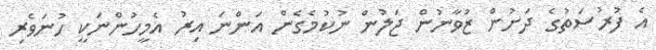
އެ ފުރުސަތުގެ ދަށުން ޒުވާނުން ޖަލުން ނުކުމެގެން އަންނަ އިރު އެމީހުންނަކީ ހުނަވެރި